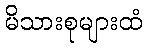
မိသားစုများထံ